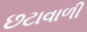
છટાવાળી